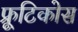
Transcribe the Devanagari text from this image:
फ्रूटिकोस